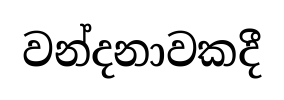
වන්දනාවකදී